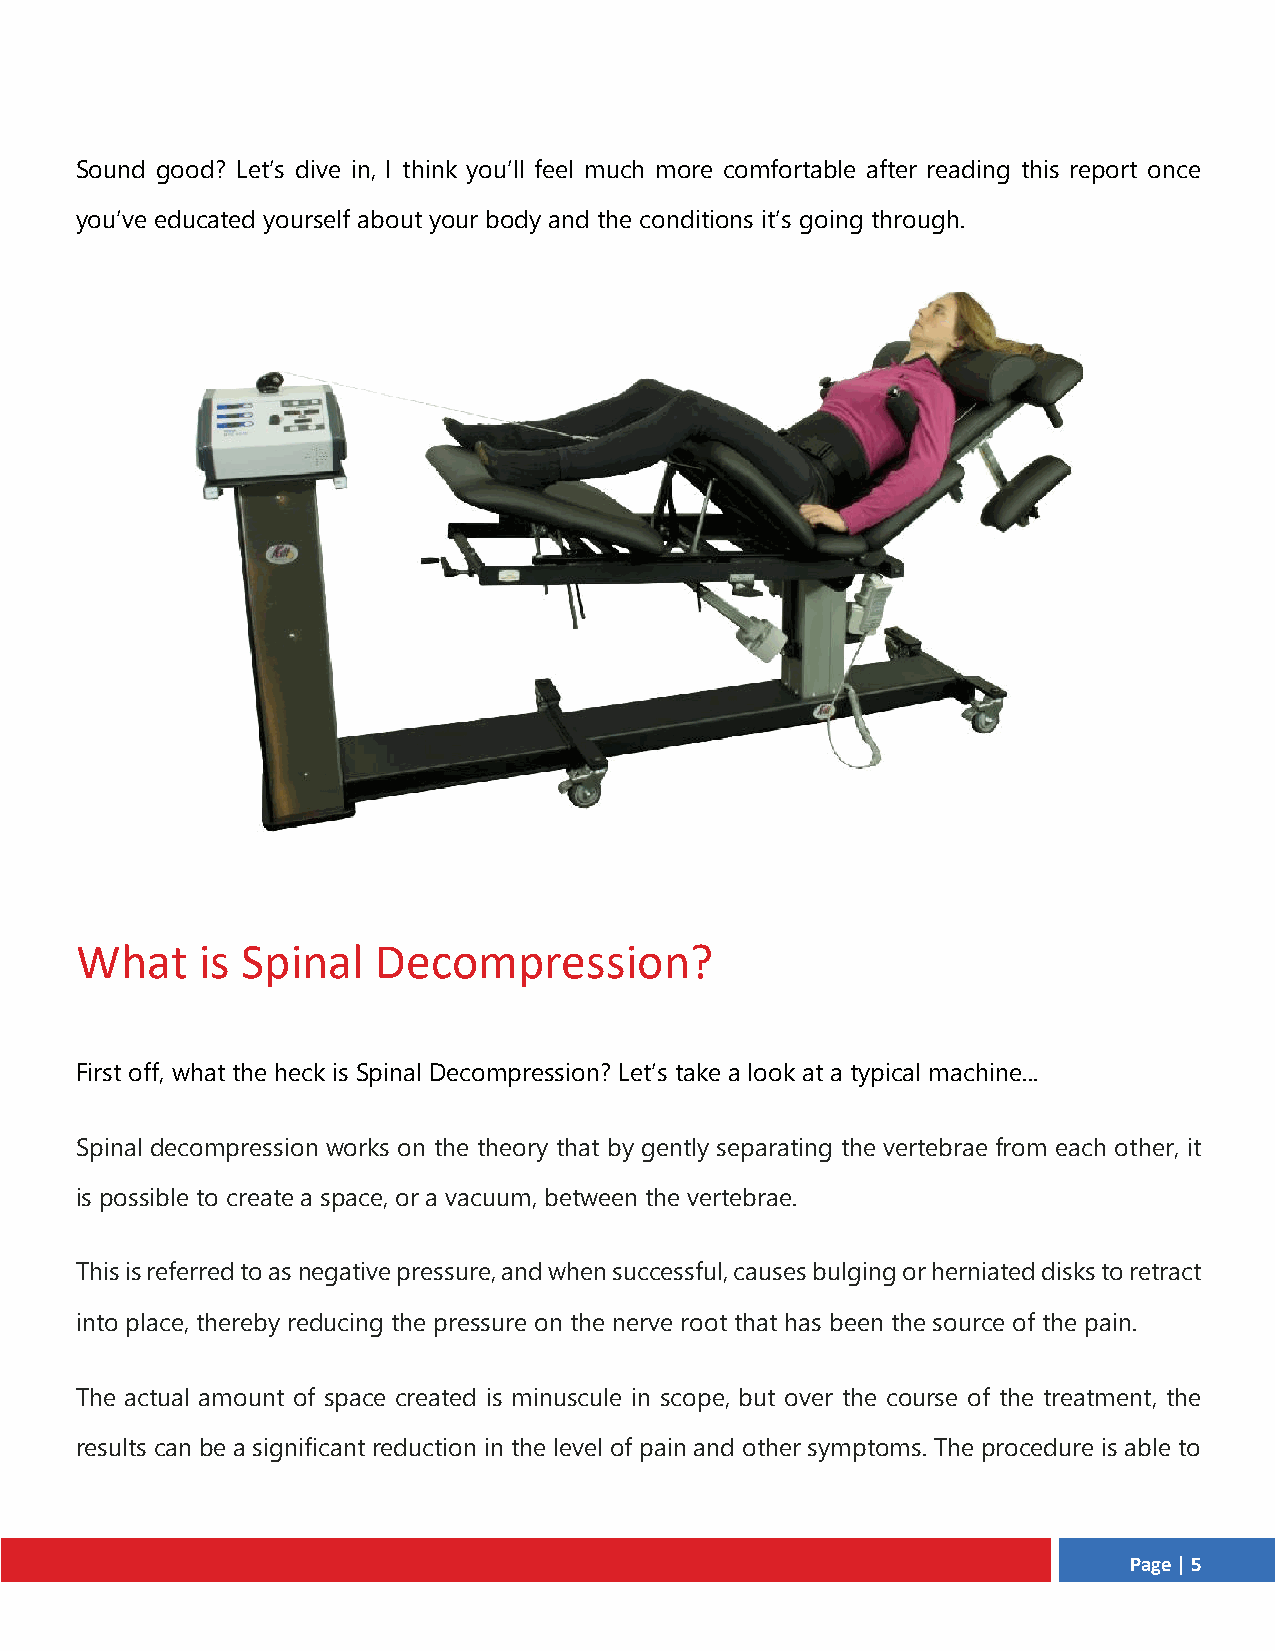
Sound good? Let’s dive in, I think you’ll feel much more comfortable after reading this report once
 you’ve educated yourself about your body and the conditions it’s going through.
 What    is Spinal   Decompression?
 First off, what the heck is Spinal Decompression? Let’s take a look at a typical machine...
 Spinal decompression works on the theory that by gently separating the vertebrae from each other, it
 is possible to create a space, or a vacuum, between the vertebrae.
 This is referred to as negative pressure, and when successful, causes bulging or herniated disks to retract
 into place, thereby reducing the pressure on the nerve root that has been the source of the pain.
 The actual amount of space created is minuscule in scope, but over the course of the treatment, the
 results can be a significant reduction in the level of pain and other symptoms. The procedure is able to
 Page | 5